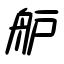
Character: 舮